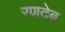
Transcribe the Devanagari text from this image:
रणदेब